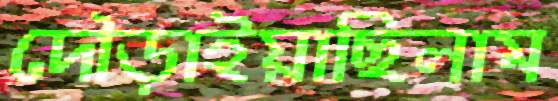
দৌড়াইয়াছিলাম